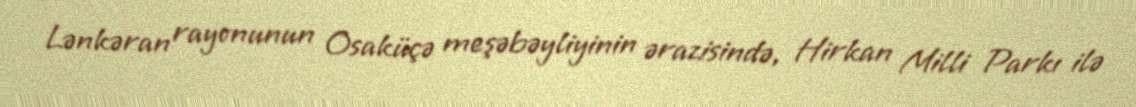
Lənkəran rayonunun Osaküçə meşəbəyliyinin ərazisində, Hirkan Milli Parkı ilə